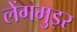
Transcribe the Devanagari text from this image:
लेंगमुइर